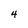
Character: 4